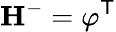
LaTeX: \mathbf{H}^{-}=\mathbf{\varphi}^{\mathsf{T}}